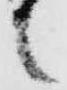
之